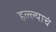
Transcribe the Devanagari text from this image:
हल्ल्याचं